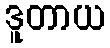
ဒူတာယ